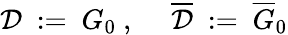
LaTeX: {\mathcal D}\ :=\ G_{0}\ ,\ \quad\overline{{{{\mathcal D}}}}\ :=\ \overline{{{G}}}_{0}